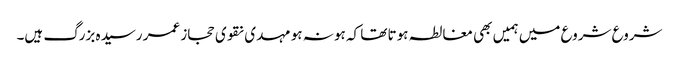
شروع شروع میں ہمیں بھی مغالطہ ہوتا تھا کہ ہو نہ ہو مہدی نقوی حجاز عمر رسیدہ بزرگ ہیں۔